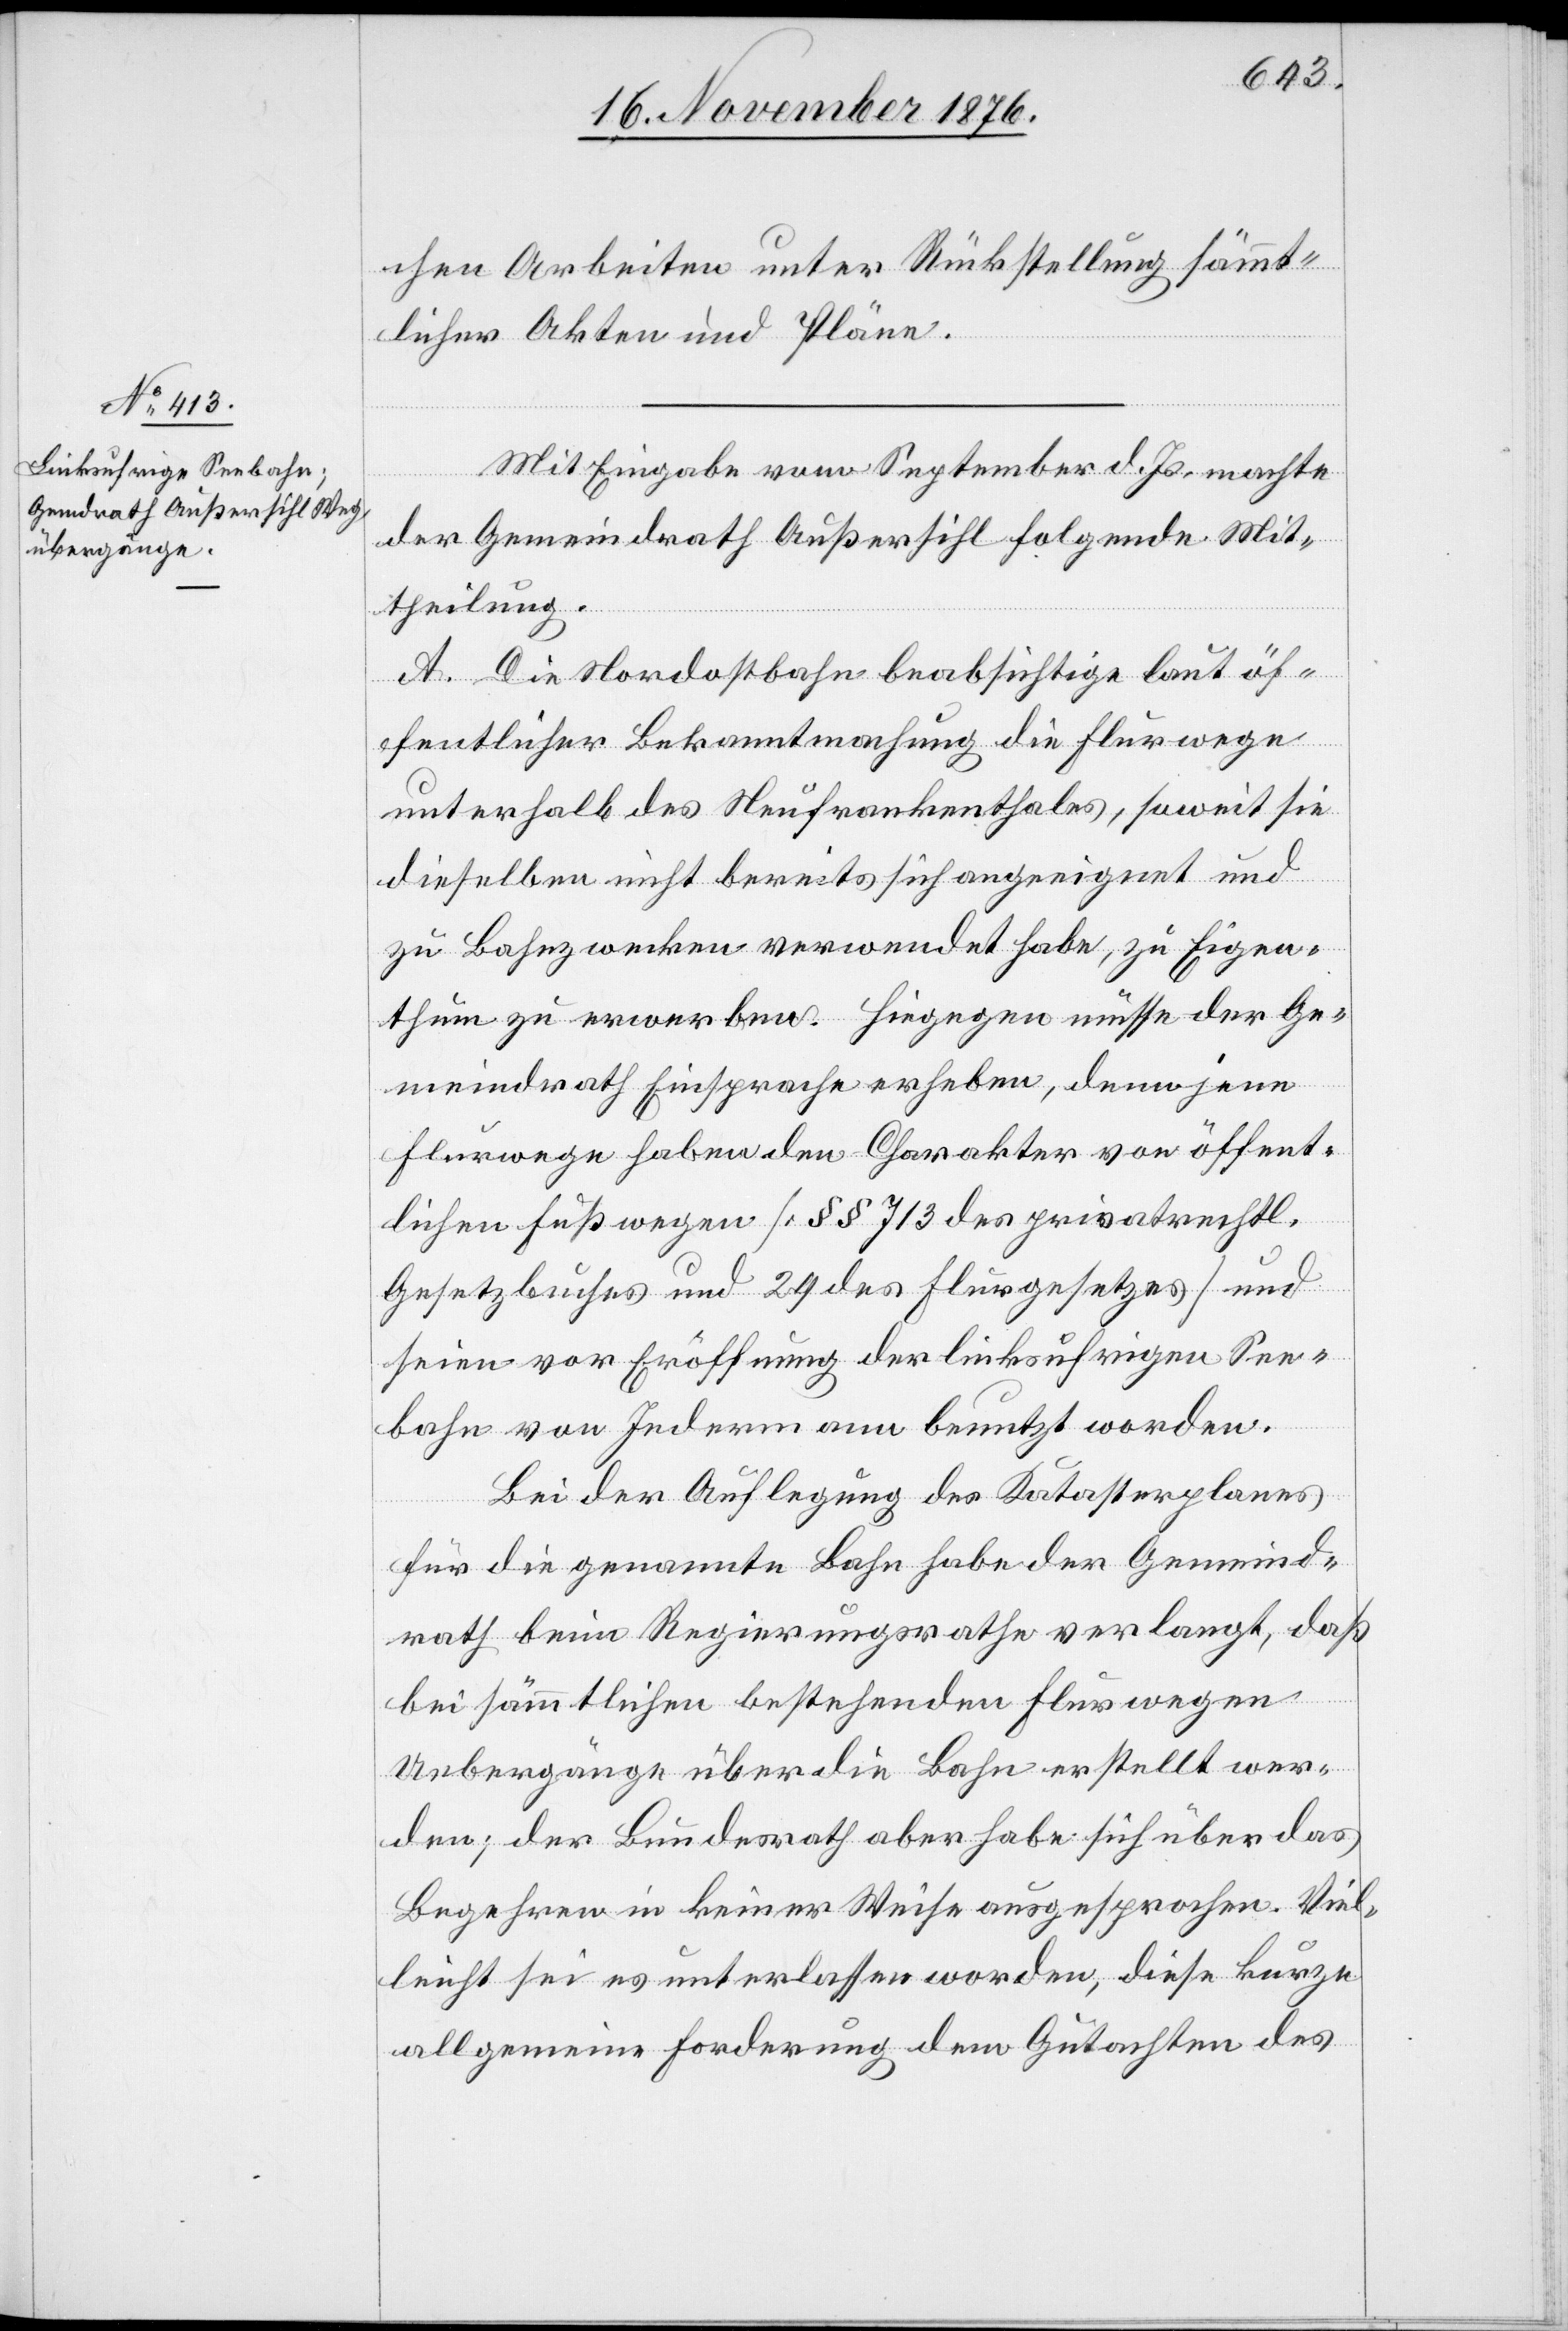
chen Arbeiten unter Rückstellung sämmt¬
licher Akten und Pläne.
Mit Eingabe vom September d. Js. machte
der Gemeindrath Außersihl folgende Mit¬
theilung.
A. Die Nordostbahn beabsichtige laut öf¬
fentlicher Bekanntmachung die Flurwege
unterhalb des Neufrankenthales, soweit sie
dieselben nicht bereits sich angeeignet und
zu Bahnzwecken verwendet habe, zu Eigen¬
thum zu erwerben. Hiegegen müsse der Ge¬
meindrath Einsprache erheben, denn jene
Flurwege haben den Charakter von öffent¬
lichen Fußwegen [§§ 713 des privatrechtl.
Gesetzbuches und 29 des Flurgesetzes] und
seien vor Eröffnung der linksufrigen See¬
bahn von Jedermann benutzt worden.
Bei der Auflegung des Katasterplanes
für die genannte Bahn habe der Gemeind¬
rath beim Regierungsrathe verlangt, daß
bei sämmtlichen bestehenden Flurwegen
Uebergänge über die Bahn erstellt wer¬
den; der Bundesrath aber habe sich über das
Begehren in keiner Weise ausgesprochen. Viel¬
leicht sei es unterlassen worden, diese kurze
allgemeine Forderung dem Gutachten des